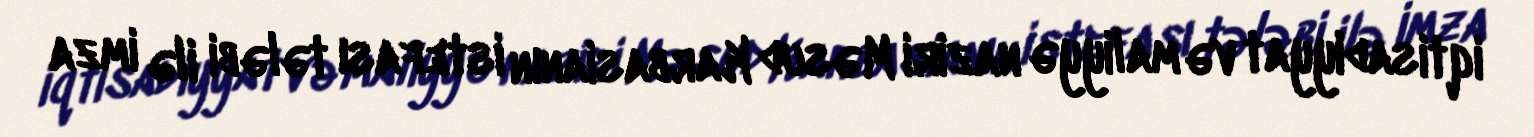
iqtisadiyyat və maliyyə naziri Məsud Karbasianın istefası tələbi ilə imza